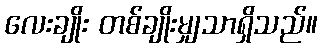
လေးချိုး တစ်ချိုးမျှသာရှိသည်။